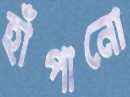
হাঁপানো